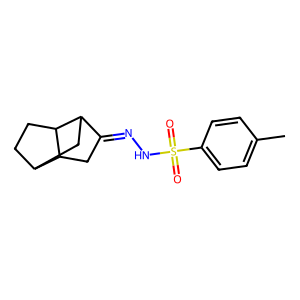
SMILES: Cc1ccc(S(=O)(=O)NN=C2CC3C4CCC3C2C4)cc1
Inhibits HIV replication: No